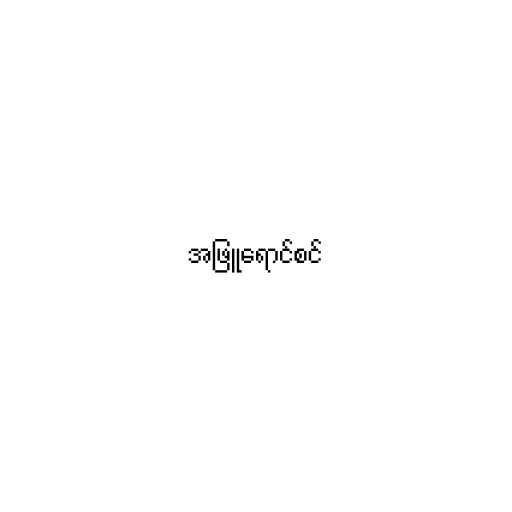
အဖြူရောင်စင်